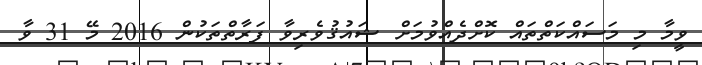
ވީމާ މި މަސައްކަތްތައް ކޮށްދެއްވުމަށް ޝައުޤުވެރިވާ ފަރާތްތަކުން 2016 މޭ 31 ވާ